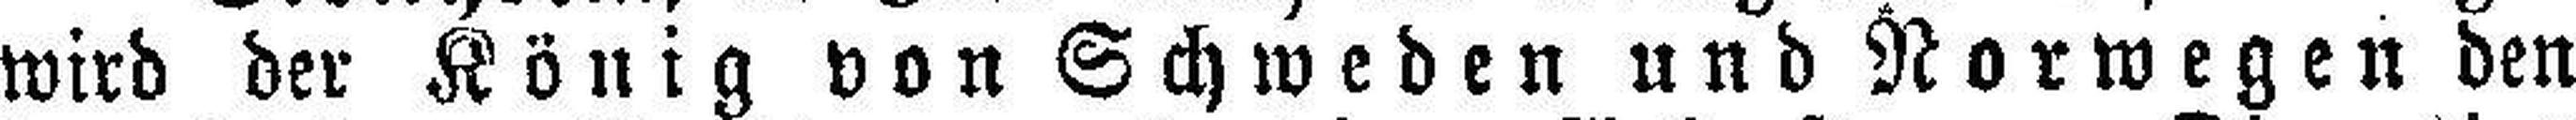
wird der König von Schweden und Norwegen den